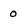
Character: 0